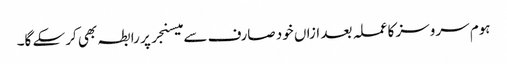
ہوم سروسز کا عملہ بعد ازاں خود صارف سے میسنجر پر رابطہ بھی کرسکے گا۔